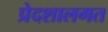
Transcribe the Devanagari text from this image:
प्रेदशालगत